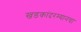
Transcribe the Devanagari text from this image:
खडकांदरम्यानचा